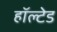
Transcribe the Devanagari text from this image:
हॉल्टेड